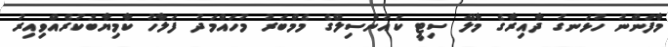
މާފަންނު ހުޅަނގު ދާއިރާގެ މާލޭ ސިޓީ ކައުންސިލްގެ މެމްބަރު މުހައްމަދު ފަލާހު ކާމިޔާބުކުރެއްވިއިރު